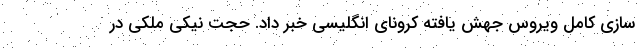
سازی کامل ویروس جهش یافته کرونای انگلیسی خبر داد. حجت نیکی ملکی در